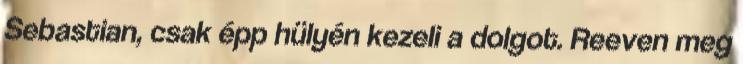
Sebastian, csak épp hülyén kezeli a dolgot. Reeven meg